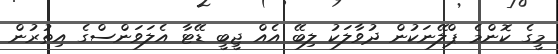
މީގެ ކޮންމެ ޕްލޭނަކުން ދުވާލަކު ލިބޭ އެއް ޖީބީ ޑޭޓާ އެލަވަންސްގެ އިތުރުން